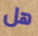
هل